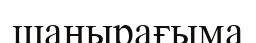
шаңырағыма